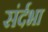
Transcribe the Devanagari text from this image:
संर्दभा